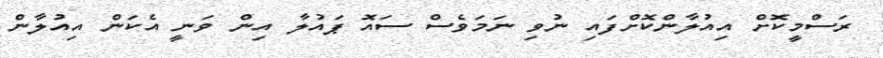
ރަސްމީކޮށް އިއުލާންކޮށްފައި ނުވި ނަމަވެސް ސައޮ ޕައުލާ އިން ވަނީ އެކަން އިއުލާން